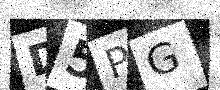
Text: D5PG